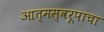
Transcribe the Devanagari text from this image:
आत्मस्वरूपाचा